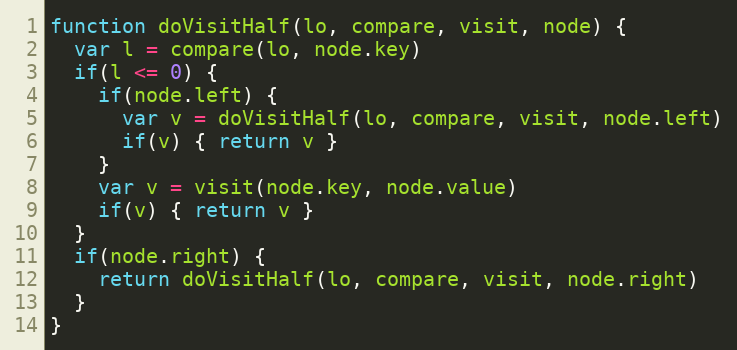
Language: JavaScript
function doVisitHalf(lo, compare, visit, node) {
  var l = compare(lo, node.key)
  if(l <= 0) {
    if(node.left) {
      var v = doVisitHalf(lo, compare, visit, node.left)
      if(v) { return v }
    }
    var v = visit(node.key, node.value)
    if(v) { return v }
  }
  if(node.right) {
    return doVisitHalf(lo, compare, visit, node.right)
  }
}